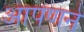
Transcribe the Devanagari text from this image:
आपणने